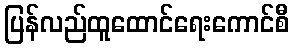
ပြန်လည်ထူထောင်ရေးကောင်စီ